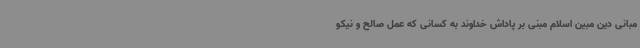
مبانی دین مبین اسلام مبنی بر پاداش خداوند به کسانی که عمل صالح و نیکو